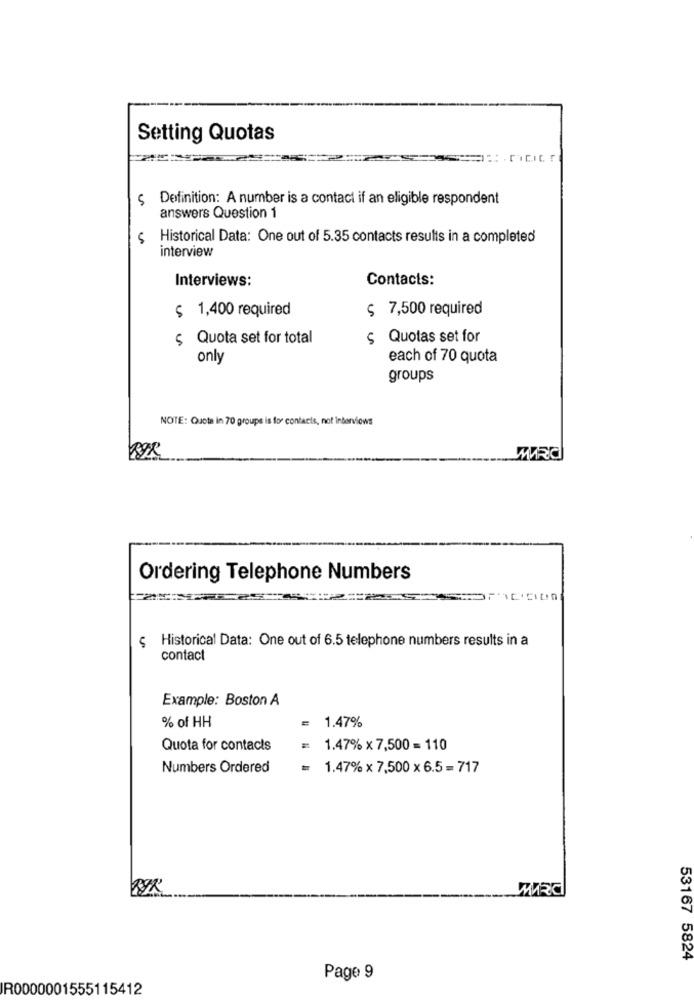
Setting Quotas
ç Definition: A number is a contact if an eligible respondent
answers Question 1
Historical Data: One out of 5.35 contacts results in a completed
interview
Interviews:
Contacts:
$ 1,400 required
$ 7,500 required
$ Quota set for total
s Quotas set for
only
each of 70 quota
groups
NOTE: Quote in 70 groups is for contacts, not interviews
Ordering Telephone Numbers
ç Historical Data: One out of 6.5 telephone numbers results in a
contact
Example: Boston A
= 1.47%
% of HH
Quota for contacts
1.47% x 7,500 = 110
Numbers Ordered
= 1.47% x 7,500 x 6.5 = 717
WRC
53167 5824
Page 9
IR0000001555115412